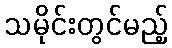
သမိုင်းတွင်မည့်